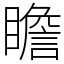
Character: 瞻